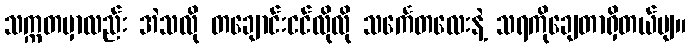
သက္ကတမှာလည်း အဲသလို တချောင်းငင်လိုလို သင်္ကေတလေးနဲ့ သရကိုချေတာရှိတယ်ဗျ။